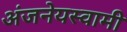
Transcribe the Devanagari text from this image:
अंजनेयस्‍वामी